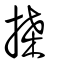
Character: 搡